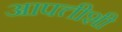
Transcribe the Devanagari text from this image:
आपत्तीशी